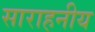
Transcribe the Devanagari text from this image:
साराहनीय